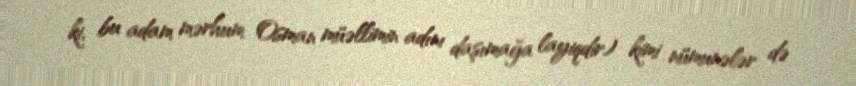
ki, bu adam mərhum Osman müəllimin adını daşımağa layiqdir) kimi nümunələr də